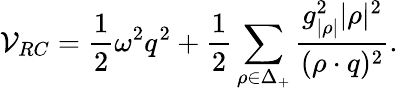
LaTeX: {\cal V}_{RC}={\frac{1}{2}}\omega^{2}q^{2}+{\frac{1}{2}}\sum_{\rho\in\Delta_{+}}{\frac{g_{|\rho|}^{2}|\rho|^{2}}{(\rho\cdot q)^{2}}}.